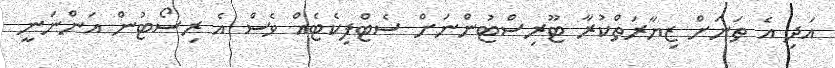
އަދި އެ ތަނަށް ޒިޔާރަތްކުރާ ޓޫރިސްޓުންނަށް ސެޓްފިކެޓެއް ވެސް އެ ރިސޯޓުން އަންނަނީ